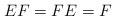
LaTeX: \begin{align*}EF=FE=F\end{align*}